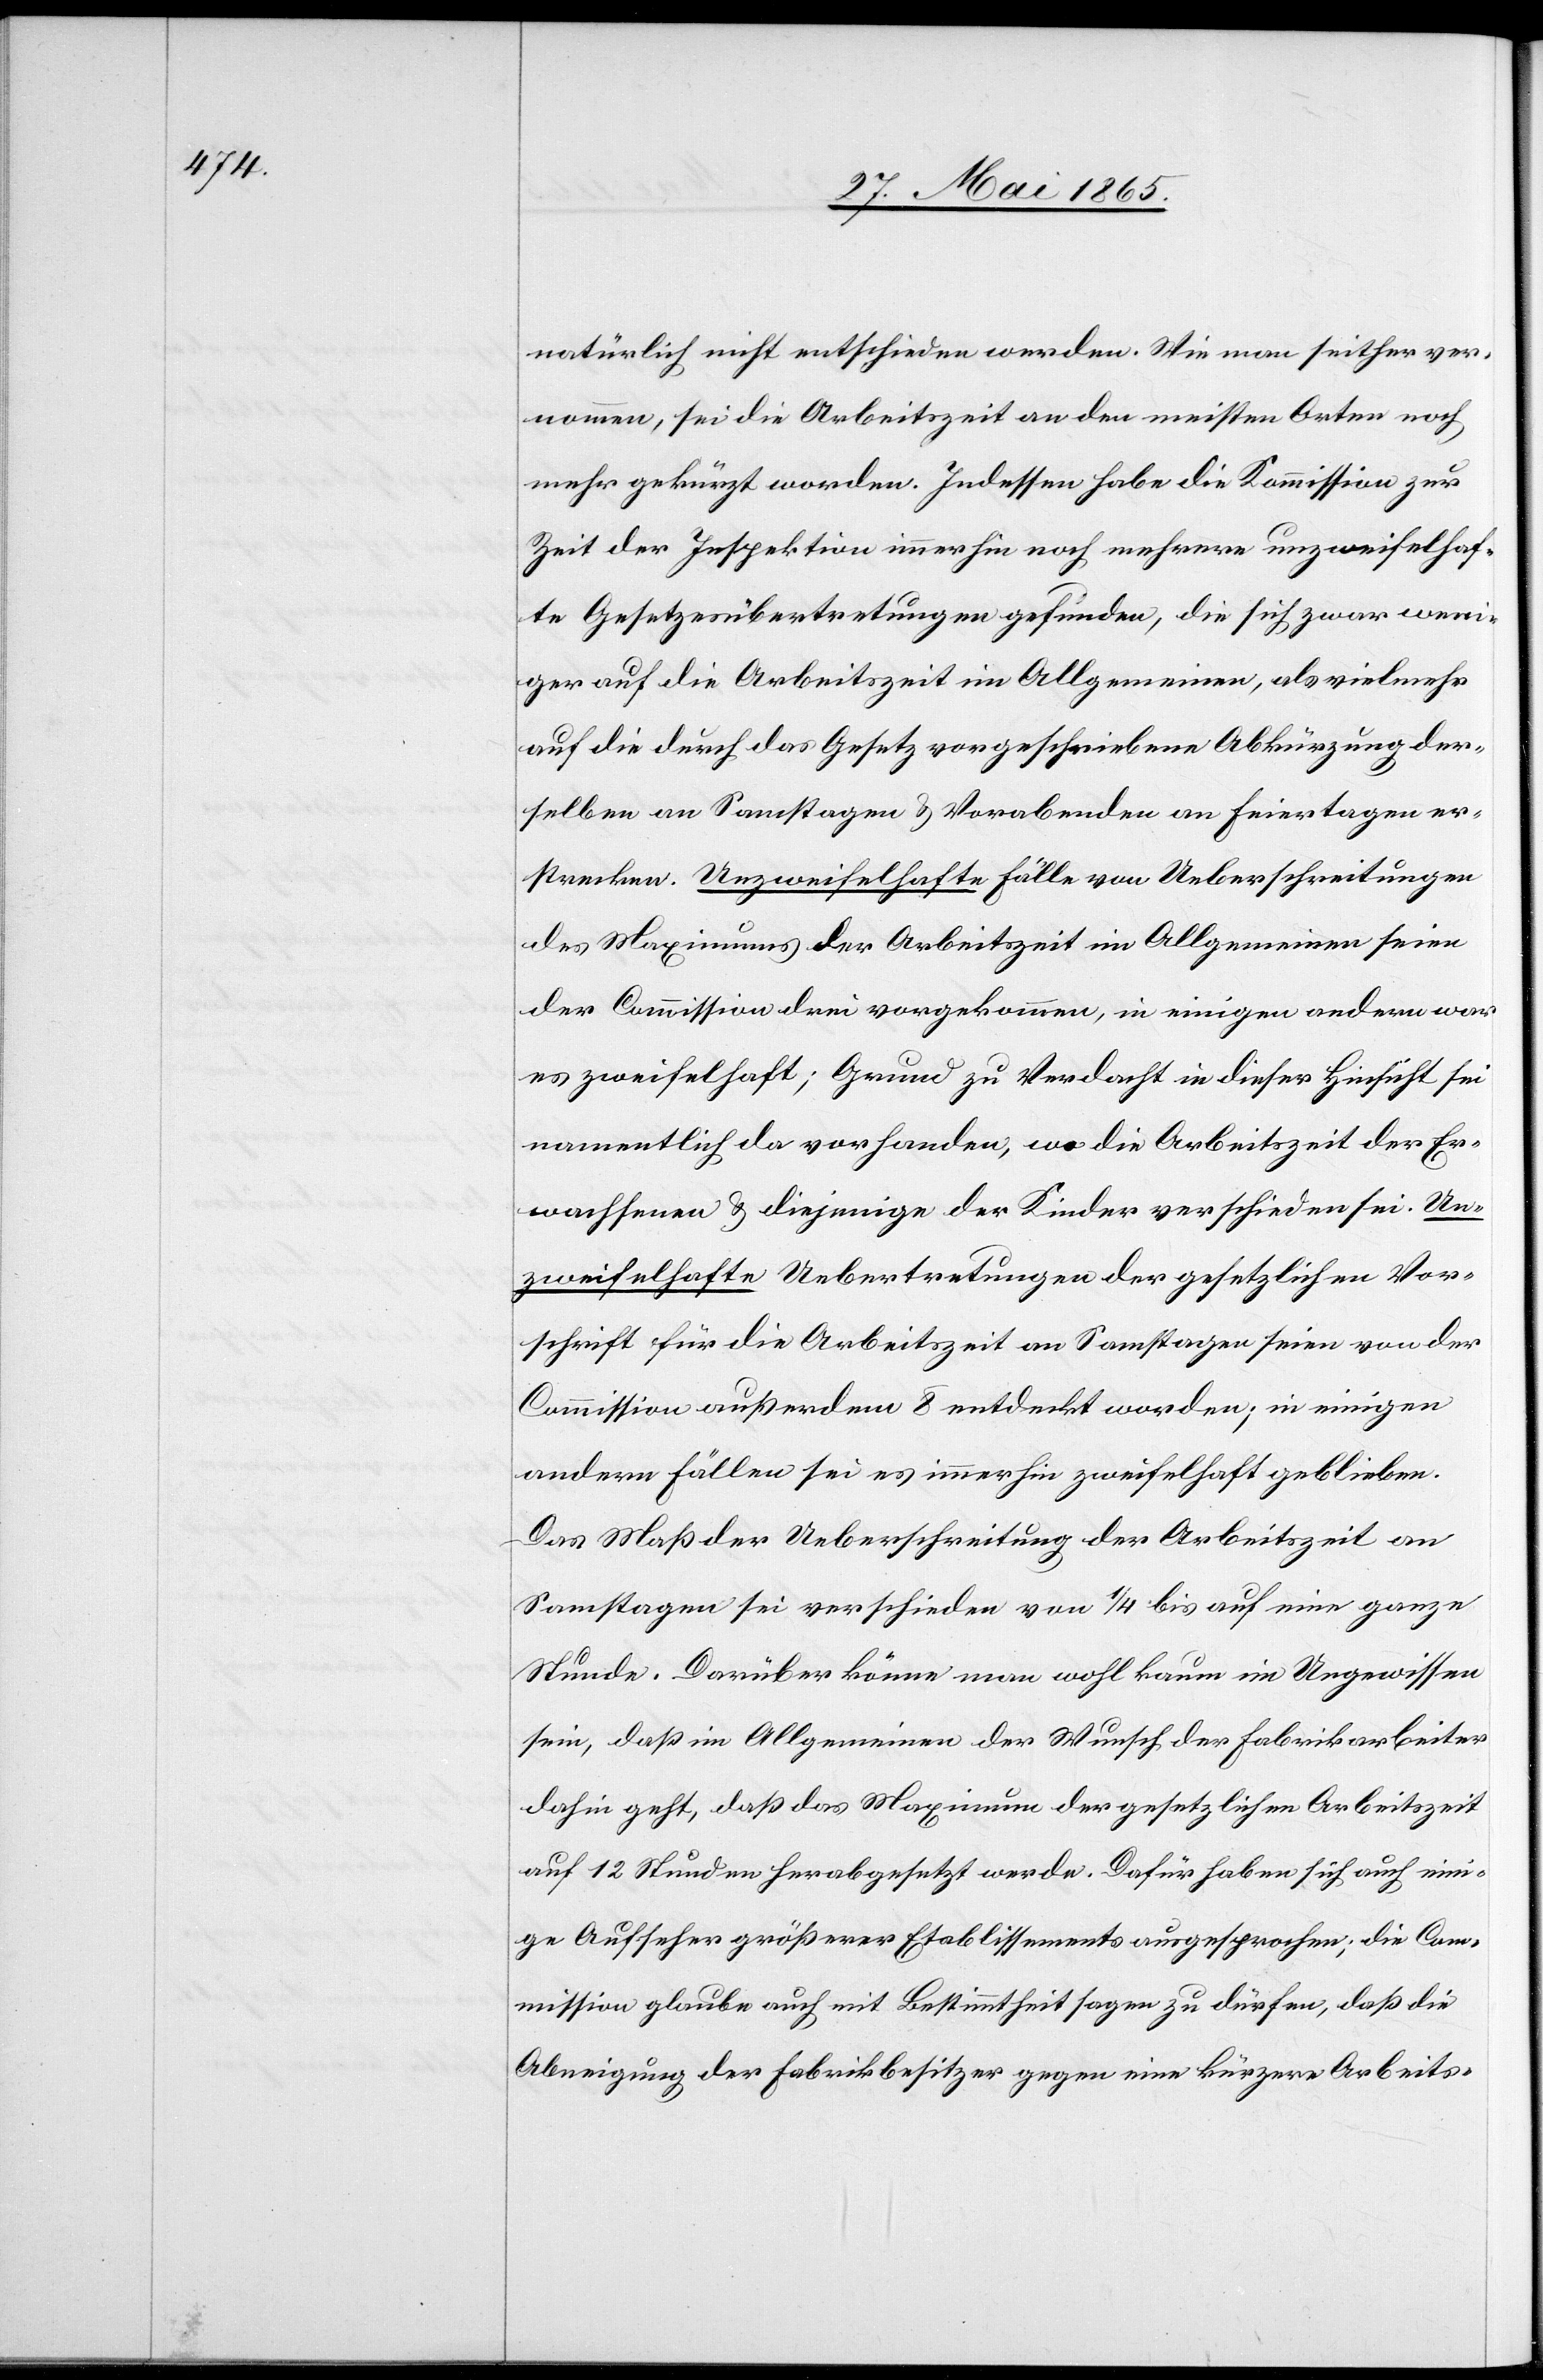
natürlich nicht entschieden werden. Wie man seither ver¬
nommen, sei die Arbeitszeit an den meisten Orten noch
mehr gekürzt worden. Indessen habe die Kommission zur
Zeit der Inspektion immerhin noch mehrere unzweifelhaf¬
te Gesetzesübertretungen gefunden, die sich zwar weni¬
ger auf die Arbeitszeit im Allgemeinen, als vielmehr
auf die durch das Gesetz vorgeschriebene Abkürzung der¬
selben an Samstagen & Vorabenden an Feiertagen er¬
strecken. Unzweifelhafte Fälle von Ueberschreitungen
des Maximums der Arbeitszeit im Allgemeinen seien
der Commission drei vorgekommen, in einigen andern war
es zweifelhaft; Grund zu Verdacht in dieser Hinsicht sei
namentlich da vorhanden, wo die Arbeitszeit der Er¬
wachsenen & diejenige der Kinder verschieden sei. Un¬
zweifelhafte Uebertretungen der gesetzlichen Vor¬
schrift für die Arbeitszeit an Samstagen seien von der
Commission außerdem 8 entdeckt worden; in einigen
andern Fällen sei es immerhin zweifelhaft geblieben.
Das Maß der Ueberschreitung der Arbeitszeit an
Samstagen sei verschieden von ¼ bis auf eine ganze
Stunde. Darüber könne man wohl kaum im Ungewissen
sein, daß im Allgemeinen der Wunsch der Fabrikarbeiter
dahin geht, daß das Maximum der gesetzlichen Arbeitszeit
auf 12 Stunden herabgesetzt werde. Dafür haben sich auch eini¬
ge Aufseher größerer Etablissements ausgesprochen; die Com¬
mission glaube auch mit Bestimmtheit sagen zu dürfen, daß die
Abneigung der Fabrikbesitzer gegen eine kürzere Arbeits-